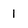
Character: 1